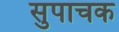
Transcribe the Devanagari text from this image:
सुपाचक